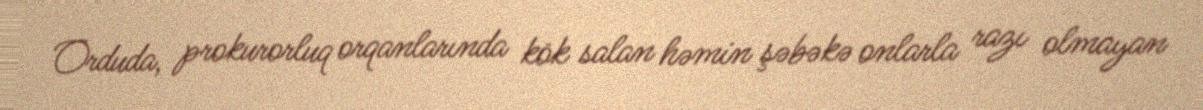
Orduda, prokurorluq orqanlarında kök salan həmin şəbəkə onlarla razı olmayan